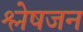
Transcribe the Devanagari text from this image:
श्लेषजन